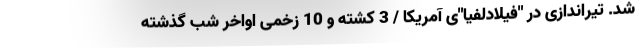
شد. تیراندازی در "فیلادلفیا"ی آمریکا / 3 کشته و 10 زخمی اواخر شب گذشته